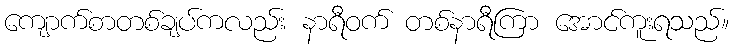
ကျောက်စာတစ်ချပ်ကလည်း နာရီဝက် တစ်နာရီကြာ အောင်ကူးရသည်။